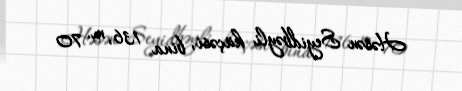
Həsən Seyidbəyli küçəsi, bina 136, m. 70